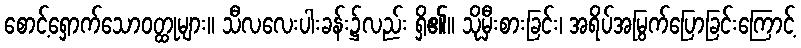
စောင့်ရှောက်သောဝတ္ထုများ။ သီလလေးပါးခန်း၌လည်း ရှိ၏။ သိုမှီးစားခြင်း၊ အရိပ်အမြွက်ပြောခြင်းကြောင့်